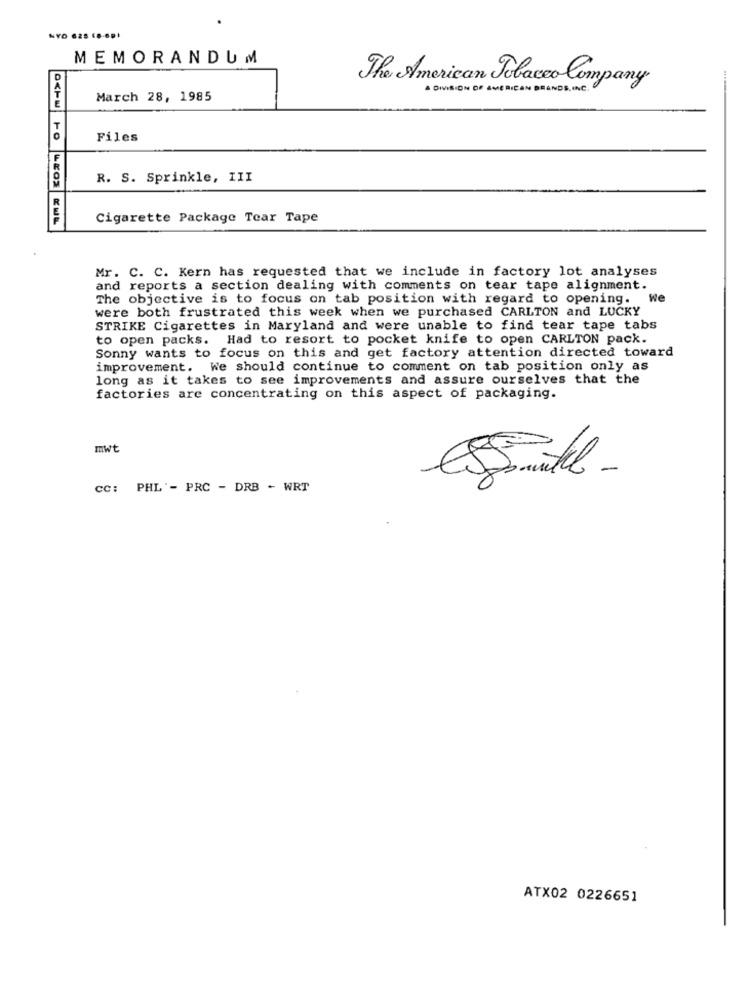
NYO 625 18-601
MEMORANDUM
The American Tobacco Company
A DIVISION OF AMERICAN BRANDS, INC.
March 28, 1985
Files
R. S. Sprinkle, III
Cigarette Package Tear Tape
OCHW TO LEGS KWL
Mr. C. C. Kern has requested that we include in factory lot analyses
and reports a section dealing with comments on tear tape alignment.
The objective is to focus on tab position with regard to opening. We
were both frustrated this week when we purchased CARLTON and LUCKY
STRIKE Cigarettes in Maryland and were unable to find tear tape tabs
to open packs. Had to resort to pocket knife to open CARLTON pack.
Sonny wants to focus on this and get factory attention directed toward
improvement. We should continue to comment on tab position only as
long as it takes to see improvements and assure ourselves that the
factories are concentrating on this aspect of packaging.
mwt
cc: PHL'- PRC - DRB - WRT
ATX02 0226651